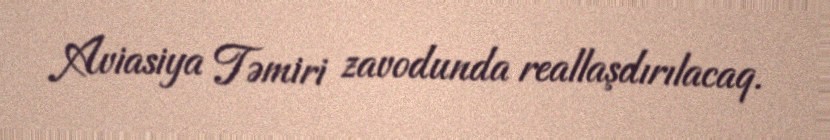
Aviasiya Təmiri zavodunda reallaşdırılacaq.